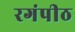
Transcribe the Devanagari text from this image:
रगंपीठ